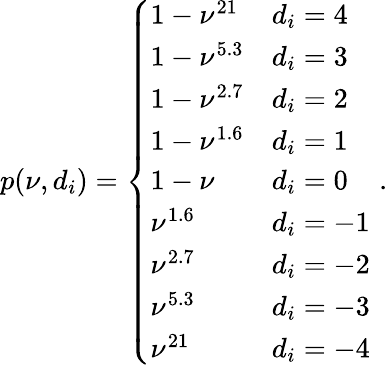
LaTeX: p(\nu,d_{i})=\left\{ \begin{array}{ll}{1-\nu^{21}}&{d_{i}=4\, }\\ {1-\nu^{5.3}}&{d_{i}=3\, }\\ {1-\nu^{2.7}}&{d_{i}=2\, }\\ {1-\nu^{1.6}}&{d_{i}=1\, }\\ {1-\nu}&{d_{i}=0\, }\\ {\nu^{1.6}}&{d_{i}=-1\, }\\ {\nu^{2.7}}&{d_{i}=-2\, }\\ {\nu^{5.3}}&{d_{i}=-3\, }\\ {\nu^{21}}&{d_{i}=-4\, }\end{array}\right.\, .